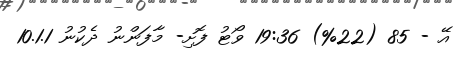
އޭ - 85 (22%) 19:36 ވޯޓު ފޮށި- މާފަންނު ދެކުނު 10.1.1